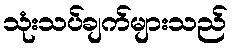
သုံးသပ်ချက်များသည်